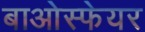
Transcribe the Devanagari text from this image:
बाओस्फेयर